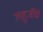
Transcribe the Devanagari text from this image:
लहुजींचे